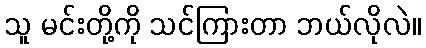
သူ မင်းတို့ကို သင်ကြားတာ ဘယ်လိုလဲ။